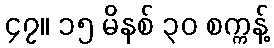
၄၇။ ၁၅ မိနစ် ၃၀ စက္ကန့်